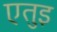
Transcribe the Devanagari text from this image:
एतुइ